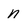
Character: n